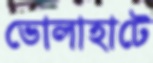
ভোলাহাটে